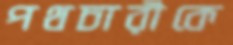
পথচারীকে